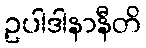
ဥပါဒါနာနီတိ